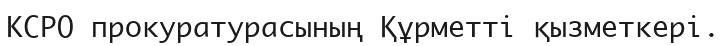
КСРО прокуратурасының Құрметті қызметкері.